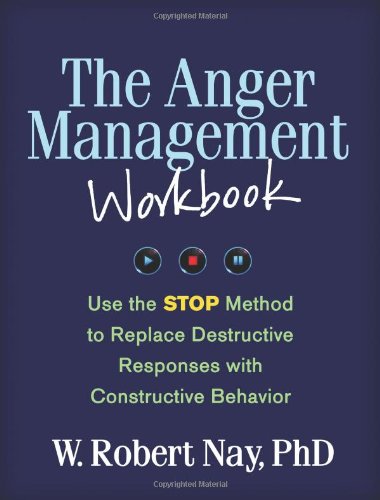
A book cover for The Anger Management Workbook: Use the STOP Method to Replace Destructive Responses with Constructive Behavior (Guilford Self-Help Workbook); W. Robert Nay Phd; Self-Help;